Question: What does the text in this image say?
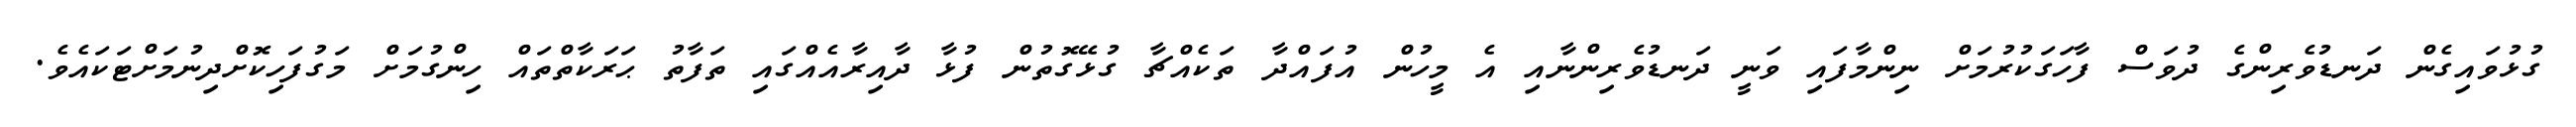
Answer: ގުޅުވައިގެން ދަނޑުވެރިންގެ ދުވަސް ފާހަގަކުރުމަށް ނިންމާފައި ވަނީ ދަނޑުވެރިންނާއި އެ މީހުން އުފައްދާ ތަކެއްޗާ ގުޅޭގޮތުން ފުޅާ ދާއިރާއެއްގައި ތަފާތު ޙަރަކާތްތައް ހިންގުމަށް މަގުފަހިކޮށްދިނުމަށްޓަކައެވެ.